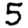
Digit: 5